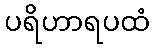
ပရိဟာရပထံ